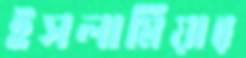
ইসলামিয়ার